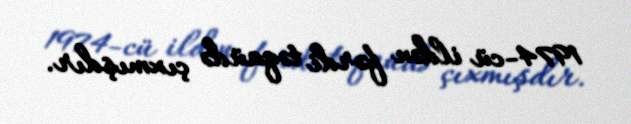
1974-cü ildən fərdi təqaüdə çıxmışdır.